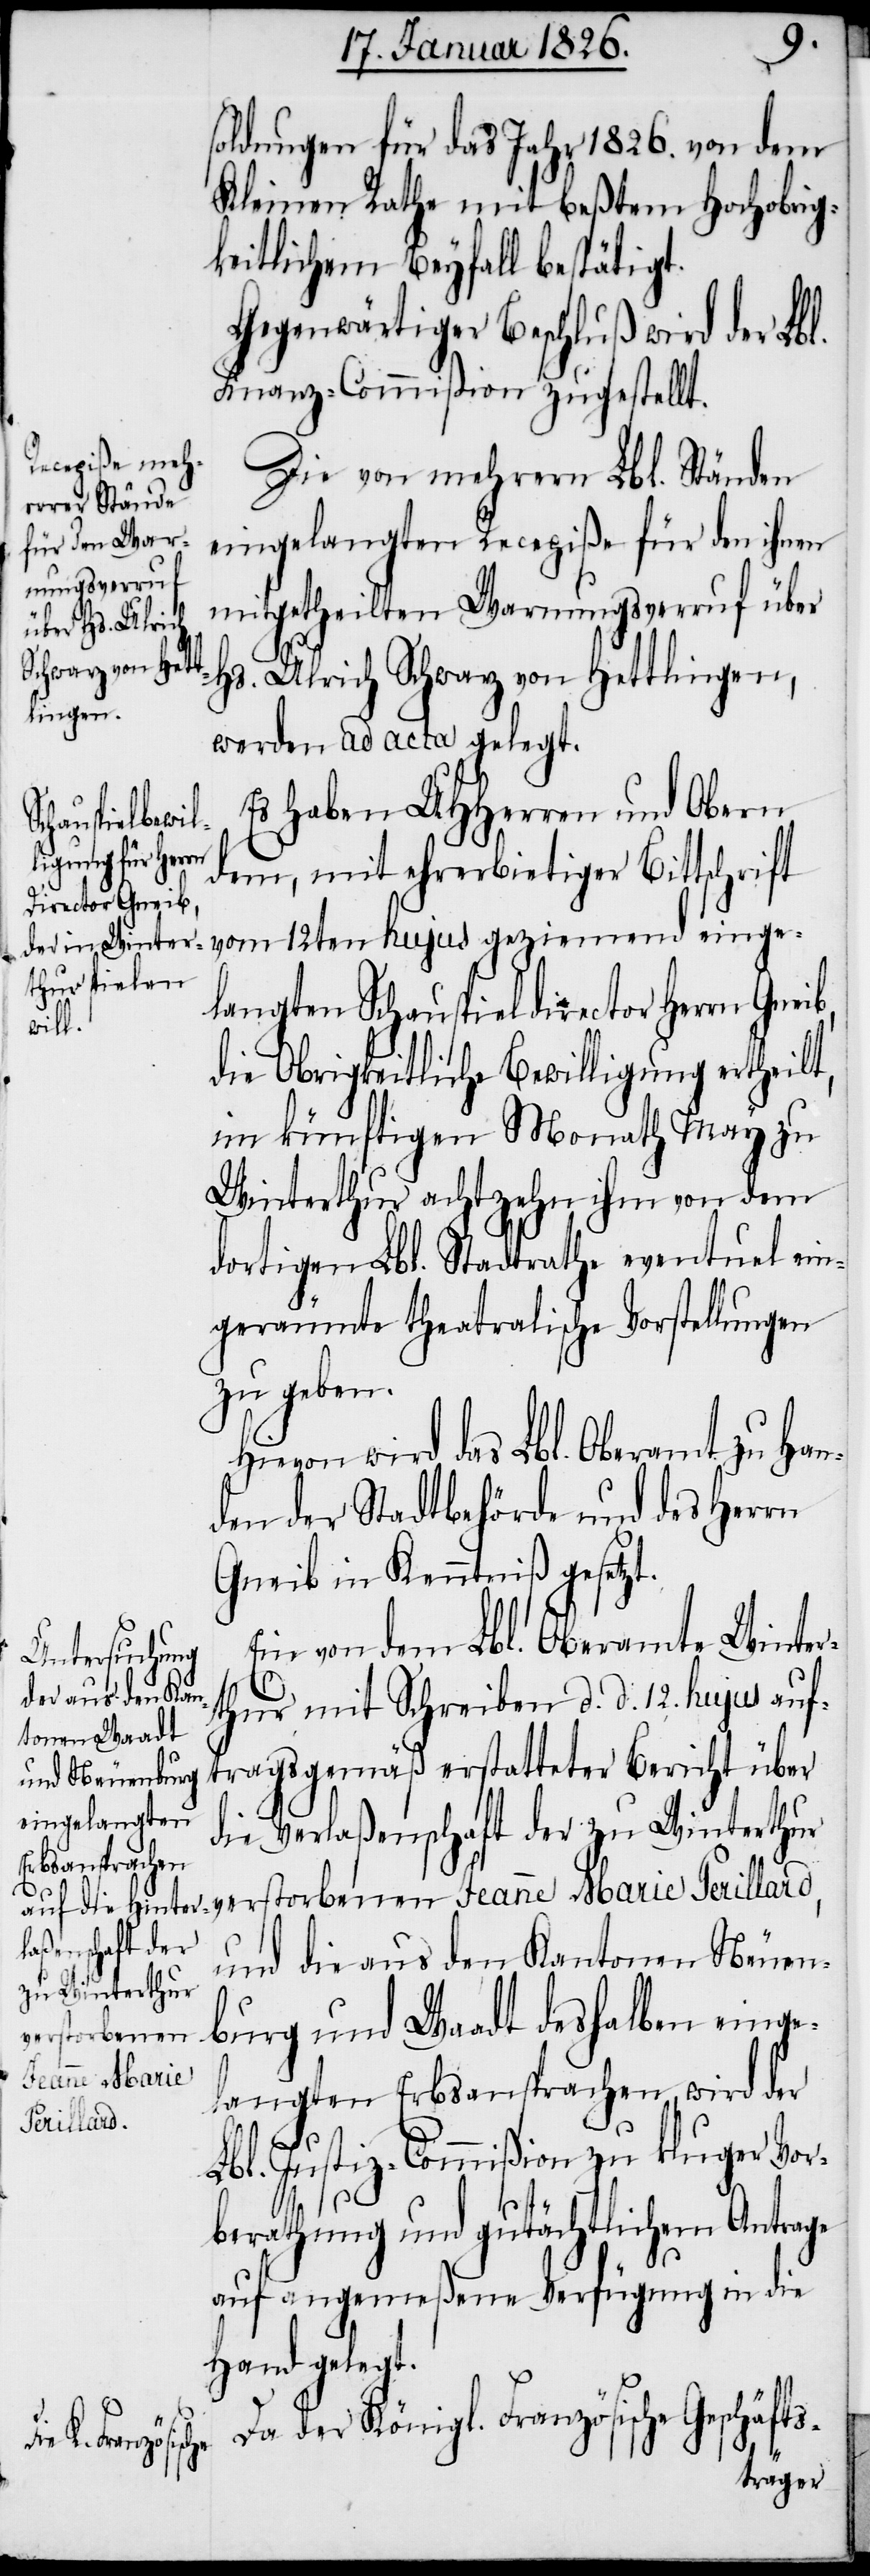
soldungen für das Jahr 1826. von dem
Kleinen Rathe mit beßtem Hochobrig¬
keitlichem Beyfall bestätigt.
Gegenwärtiger Beschluß wird der Lbl.
Finanz-Commißion zugestellt.
Die von mehrern Lbl. Ständen
eingelangten Recepiße für den ihnen
mitgetheilten Warnungsverruf über
Hs. Ulrich Schwarz von Hettlingen,
werden ad acta gelegt.
Es haben UHHerren und Obern
hujus gezie¬
mend einge¬
dem, mit ehrerbietiger Bittschrift
langten Schauspieldirector Herrn Gneib,
die Obrigkeitliche Bewilligung ertheilt,
im künftigen Monath May zu
Winterthur achtzehn ihm von dem
dortigen Lbl. Stadtrathe eventuel ein¬
geräumte theatralische Vorstellungen
zu geben.
Hievon wird das Lbl. Oberamt zu Han¬
den der Stadtbehörde und des Herrn
Gneib in Kenntniß gesetzt.
Ein von dem Lbl. Oberamte Winter¬
thur mit Schreiben d. d. 12. hujus auf¬
tragsgemäß erstatteter Bericht über
die Verlaßenschaft der zu Winterthur
und die aus den Kantonen Neuen¬
burg und Waadt deshalben einge¬
verstorbenen
Jeanne Marie
langten Erbsansprachen, wird der
Perillard,
Lbl. Justiz-Commißion zu kluger Vor¬
berathung und gutächtlichem Antrage
auf angemeßene Verfügung in die
Hand gelegt.
Da der Königl. Französische Geschäfts-